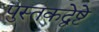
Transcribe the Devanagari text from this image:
पुस्तकद्वेष्टे